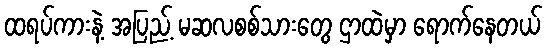
ထရပ်ကားနဲ့ အပြည့် မဆလစစ်သားတွေ ဌာထဲမှာ ရောက်နေတယ်